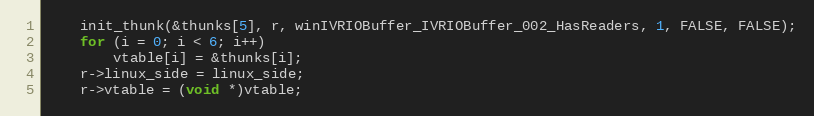
Language: C
    init_thunk(&thunks[5], r, winIVRIOBuffer_IVRIOBuffer_002_HasReaders, 1, FALSE, FALSE);
    for (i = 0; i < 6; i++)
        vtable[i] = &thunks[i];
    r->linux_side = linux_side;
    r->vtable = (void *)vtable;